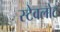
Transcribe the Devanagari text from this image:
स्टेवलोट